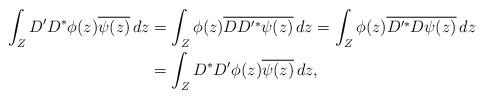
LaTeX: \begin{align*}\int_{Z}D'D^{*}\phi(z)\overline{\psi(z)}\,dz&=\int_{Z}\phi(z)\overline{DD'^{*}\psi(z)}\,dz=\int_{Z}\phi(z)\overline{D'^{*}D\psi(z)}\,dz\\&=\int_{Z}D^{*}D'\phi(z)\overline{\psi(z)}\,dz,\end{align*}